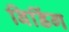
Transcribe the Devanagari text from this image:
बिडिंग